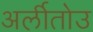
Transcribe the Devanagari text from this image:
अर्लीतोउ